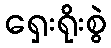
ရှေးရိုးစွဲ